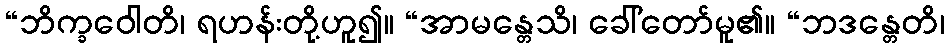
“ဘိက္ခဝေါတိ၊ ရဟန်းတို့ဟူ၍။ “အာမန္တေသိ၊ ခေါ်တော်မူ၏။ “ဘဒန္တေတိ၊